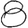
Digit: 8